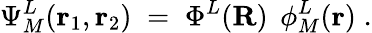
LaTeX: \Psi_{M}^{L}({\mathbf r}_{1},{\mathbf r}_{2})\; =\; \Phi^{L}({\mathbf R})\; \, \phi_{M}^{L}({\mathbf r})\; .